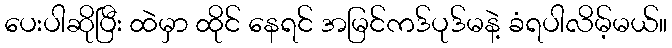
ပေးပါဆိုပြီး ထဲမှာ ထိုင် နေရင် အမြင်ကဒ်ပုဒ်မနဲ့ ခံရပါလိမ့်မယ်။